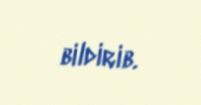
bildirib.